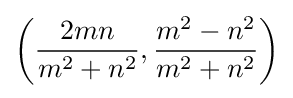
\left({\frac {2mn}{m^{2}+n^{2}}},{\frac {m^{2}-n^{2}}{m^{2}+n^{2}}}\right)